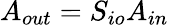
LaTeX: A_{out}=S_{io}A_{in}